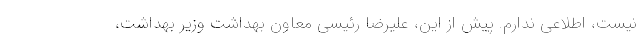
نیست، اطلاعی ندارم. پیش از این، علیرضا رئیسی معاون بهداشت وزیر بهداشت،